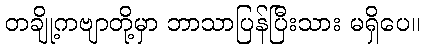
တချို့ကဗျာတို့မှာ ဘာသာပြန်ပြီးသား မရှိပေ။